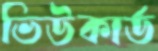
ভিউকার্ড